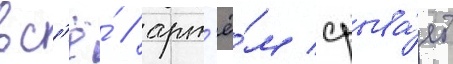
вс'ё́ / арт'ё́м срыва́ет